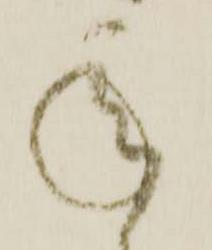
承